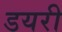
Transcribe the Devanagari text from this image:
डयरी